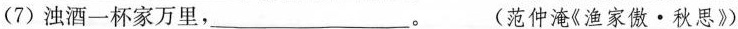
(7)浊酒一杯家万里，___。 (范仲淹《渔家傲·秋思》)